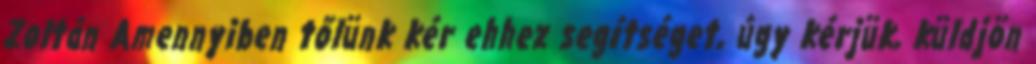
Zoltán Amennyiben tőlünk kér ehhez segítséget, úgy kérjük, küldjön